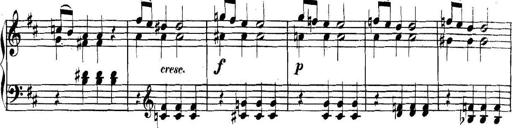
Title: Collected Piano Sonatas
Composer: Muzio Clementi